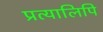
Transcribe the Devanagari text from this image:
प्रत्यालिपि